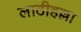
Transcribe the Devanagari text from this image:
लाठीहल्ला